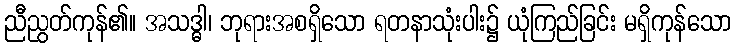
ညီညွတ်ကုန်၏။ အသဒ္ဓါ၊ ဘုရားအစရှိသော ရတနာသုံးပါး၌ ယုံကြည်ခြင်း မရှိကုန်သော